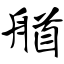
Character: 艏